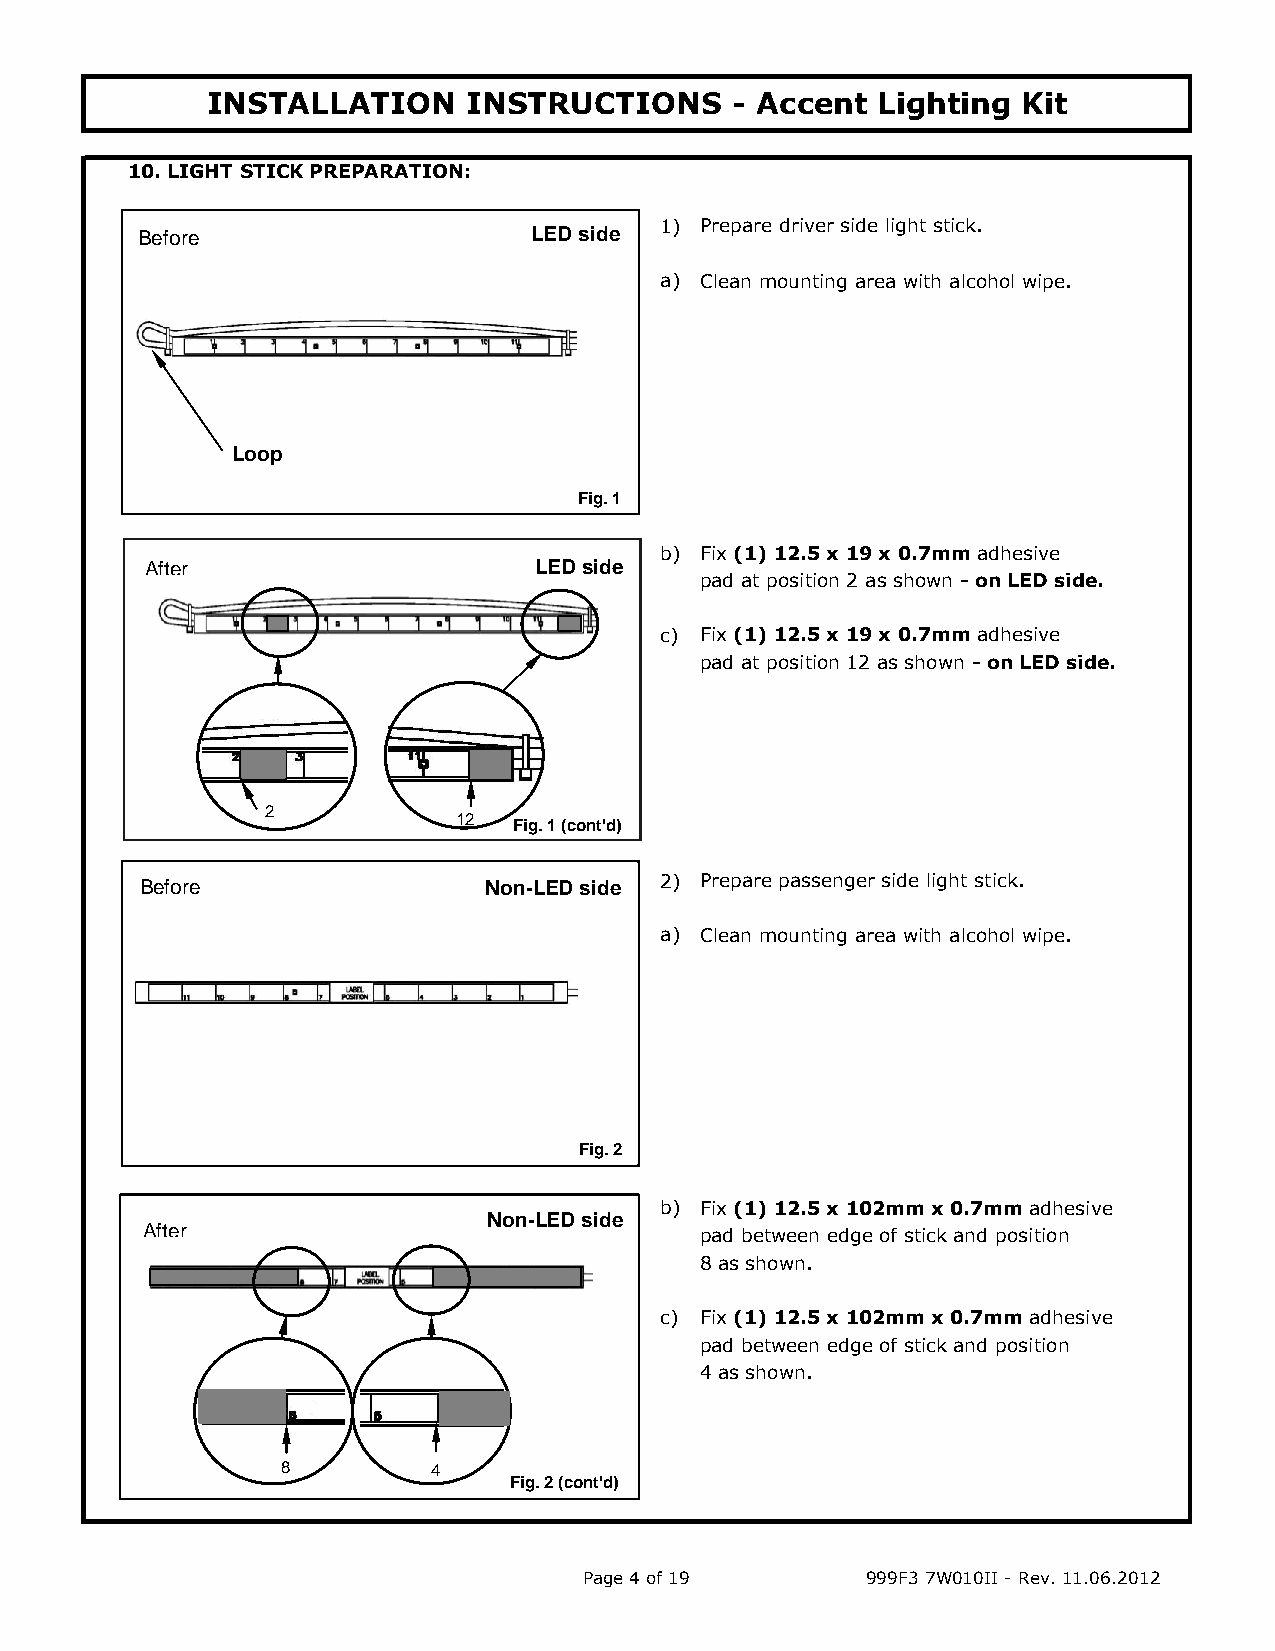
INSTALLATION     INSTRUCTIONS      - Accent Lighting  Kit
 Base of console
 10. LIGHT STICK PREPARATION:
 Before                    LED side 1) Prepare driver side light stick.
 before                   a) Clean mounting area with alcohol wipe.
 after
 Loop
 Fig. 1
 b) Fix (1) 12.5 x 19 x 0.7mm adhesive
 After                    LED side
 pad at position 2 as shown - on LED side.
 c) Fix (1) 12.5 x 19 x 0.7mm adhesive
 pad at position 12 as shown - on LED side.
 2
 12  Fig. 1 (cont'd)
 Before                 Non-LED side 2) Prepare passenger side light stick.
 a) Clean mounting area with alcohol wipe.
 Fig. 2
 b) Fix (1) 12.5 x 102mm x 0.7mm adhesive
 Non-LED side
 After                                pad between edge of stick and position
 8 as shown.
 c) Fix (1) 12.5 x 102mm x 0.7mm adhesive
 pad between edge of stick and position
 4 as shown.
 8         4
 Fig. 2 (cont'd)
 Page 4 of 19      999F3 7W010II - Rev. 11.06.2012